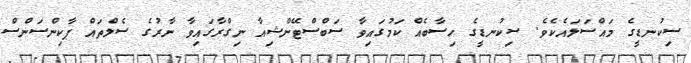
ސިކުނޑީގެ މައްސަލައެކެވެ. ސިކުނޑީގެ ހިސާބެއް ކަމުގައިވާ ސަބްސްޓޭންޝިއާ ނިގްރާގައިވާ ނާރުގެ ސެލްތައް ޕާކިންސަންސް